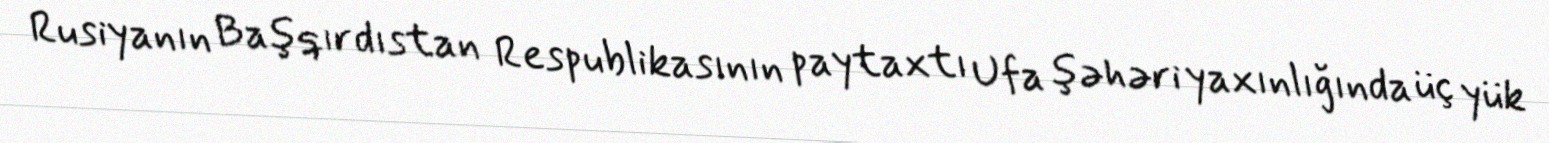
Rusiyanın Başqırdıstan Respublikasının paytaxtı Ufa şəhəri yaxınlığında üç yük